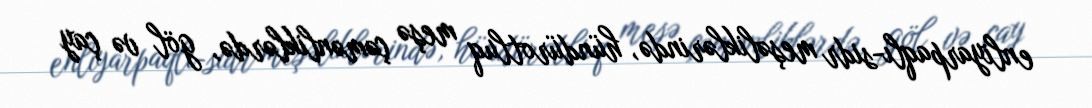
enliyarpaqlı-sidr meşəliklərində, hündürotluq meşə çəmənliklərdə, göl və çay